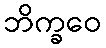
ဘိက္ခဝေ